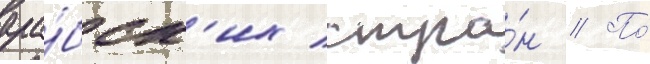
ара́бск'их стра́н // По́